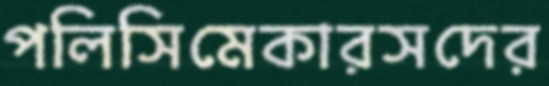
পলিসিমেকারসদের